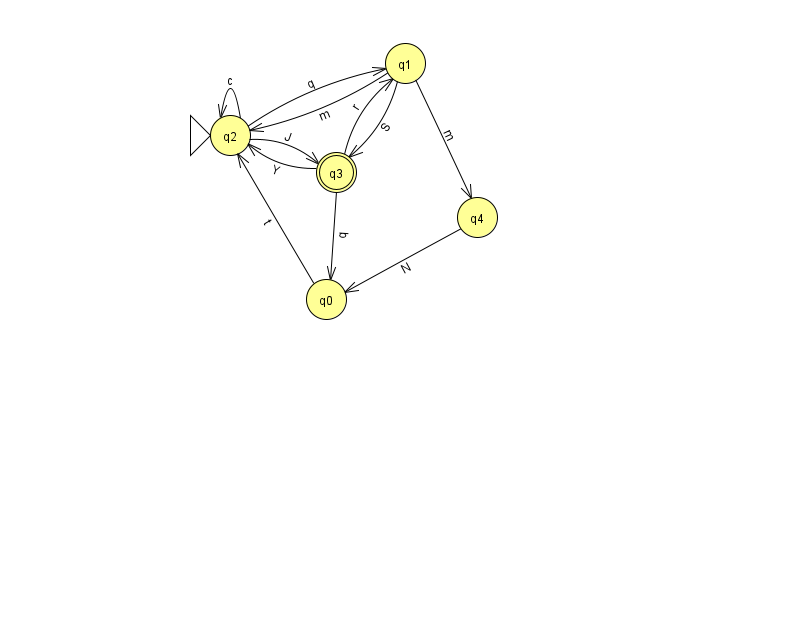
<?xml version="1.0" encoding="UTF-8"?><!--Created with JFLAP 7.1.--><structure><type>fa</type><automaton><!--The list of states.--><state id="0" name="q0"><x>326.0</x><y>286.0</y></state><state id="1" name="q1"><x>405.0</x><y>50.0</y></state><state id="2" name="q2"><x>230.0</x><y>122.0</y><initial/></state><state id="3" name="q3"><x>336.0</x><y>159.0</y><final/></state><state id="4" name="q4"><x>477.0</x><y>204.0</y></state><!--The list of transitions.--><transition><from>0</from><to>2</to><read>t</read></transition><transition><from>4</from><to>0</to><read>N</read></transition><transition><from>3</from><to>0</to><read>q</read></transition><transition><from>1</from><to>2</to><read>m</read></transition><transition><from>2</from><to>2</to><read>c</read></transition><transition><from>1</from><to>4</to><read>m</read></transition><transition><from>3</from><to>1</to><read>r</read></transition><transition><from>1</from><to>3</to><read>S</read></transition><transition><from>2</from><to>3</to><read>J</read></transition><transition><from>2</from><to>1</to><read>q</read></transition><transition><from>3</from><to>2</to><read>Y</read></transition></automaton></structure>